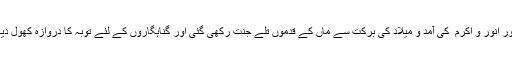
حضور انور و اکرم ۖ کی آمد و میلاد کی برکت سے ماں کے قدموں تلے جنت رکھی گئی اور گناہگاروں کے لئے توبہ کا دروازہ کھول دیا گیا۔